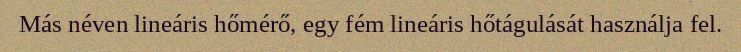
Más néven lineáris hőmérő, egy fém lineáris hőtágulását használja fel.